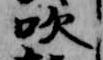
吹